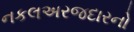
નકલઅરજદારનો